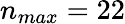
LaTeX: n_{max}=22